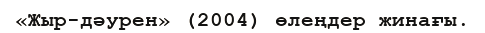
«Жыр-дәурен» (2004) өлеңдер жинағы.